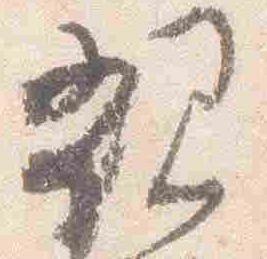
親